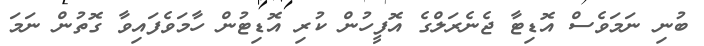
ބުނި ނަމަވެސް އޮޑިޓާ ޖެނެރަލްގެ އޮފީހުން ކުރި އޮޑިޓުން ހާމަވެފައިވާ ގޮތުން ނަމަ